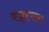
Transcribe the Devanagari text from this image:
वज्र्रयाना